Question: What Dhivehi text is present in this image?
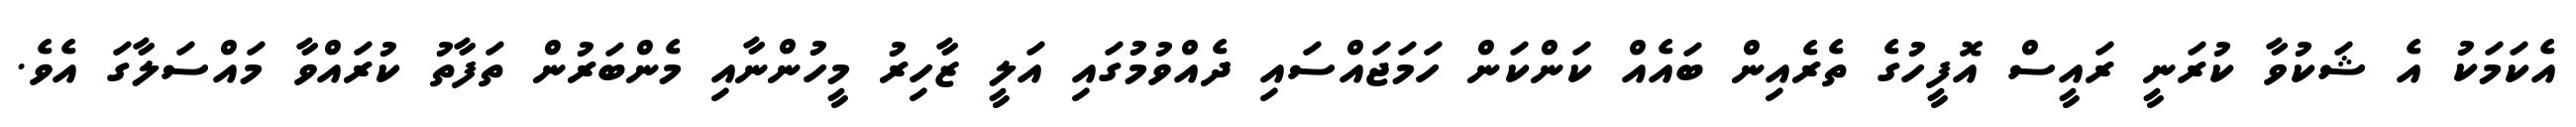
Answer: އެކަމަކު އެ ޝަކުވާ ކުރަނީ ރައީސް އޮފީހުގެ ތެރެއިން ބައެއް ކަންކަން ހަމަޖައްސައި ދެއްވުމުގައި އަލީ ޒާހިރު މީހުންނާއި މެންބަރުން ތަފާތު ކުރައްވާ މައްސަލާގަ އެވެ.